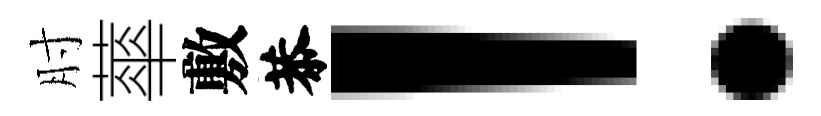
肘蕐敷恭！